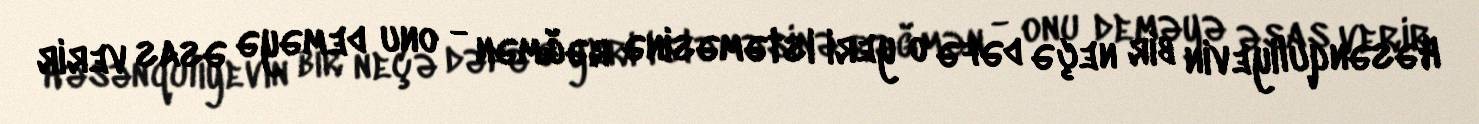
Həsənquliyevin bir neçə dəfə o yeri istəməsinə rəğmən - onu deməyə əsas verir